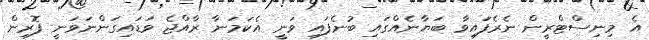
އެ މިނިސްޓްރީން ނެރެފަައިވާ ބަޔާނެއްގައި ބުނެފައި ވަނީ އެކަމަނާ ރާއްޖެ ވަޑައިގަންނަވަނީ ފޮރިން